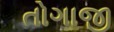
તોગાજી